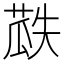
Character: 𮐏